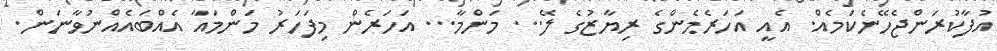
އުފާކުރަންޖެހޭނެކަމެއް. އެއީ އަހަރެމެންގެ ރިޔާޒުގެ ލޭ... މަންމާ... އަހަރެން މިފަހަރު މަންމައާ އެއްބައެއްނުވާނަން.